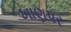
ખાણપર